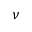
\nu